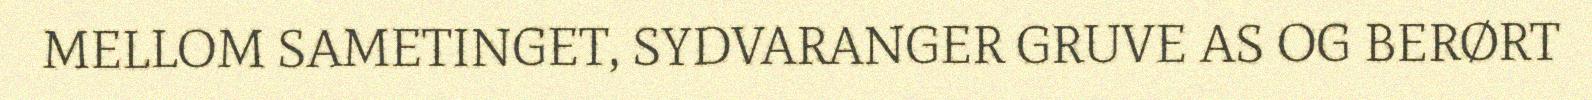
MELLOM SAMETINGET, SYDVARANGER GRUVE AS OG BERØRT